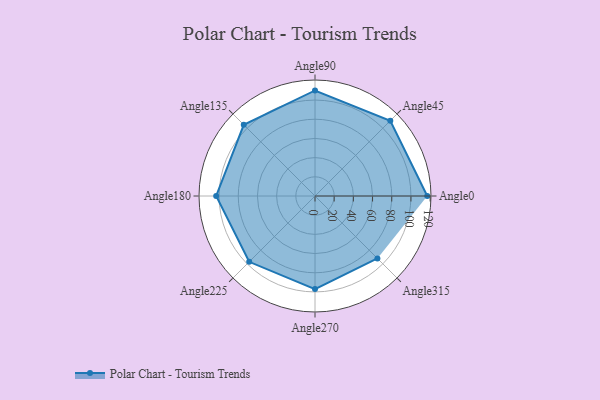
{"axis": {"x": "Angle", "y": "Radius"}, "legend": [""], "data": [{"x": "Angle0", "y": 117.0, "type": ""}, {"x": "Angle45", "y": 111.0, "type": ""}, {"x": "Angle90", "y": 110.0, "type": ""}, {"x": "Angle135", "y": 105.0, "type": ""}, {"x": "Angle180", "y": 103.0, "type": ""}, {"x": "Angle225", "y": 97.0, "type": ""}, {"x": "Angle270", "y": 97.0, "type": ""}, {"x": "Angle315", "y": 92.0, "type": ""}]}